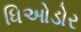
ધિઓડોર